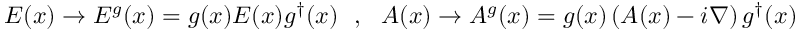
E ( x ) \rightarrow E ^ { g } ( x ) = g ( x ) E ( x ) g ^ { \dagger } ( x ) ~ ~ , ~ ~ A ( x ) \rightarrow A ^ { g } ( x ) = g ( x ) \left( A ( x ) - i \nabla \right) g ^ { \dagger } ( x )